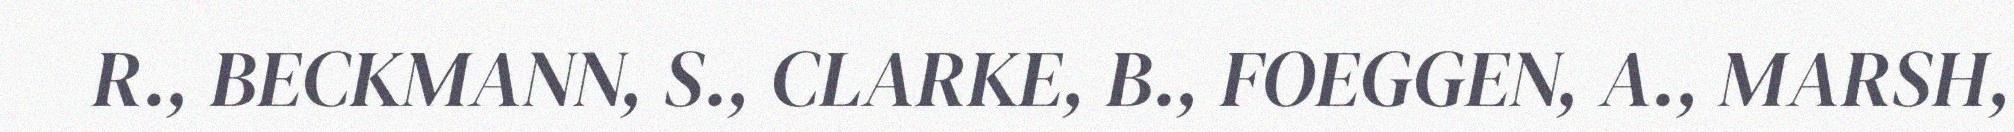
R., BECKMANN, S., CLARKE, B., FOEGGEN, A., MARSH,